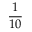
\frac { 1 } { 1 0 }